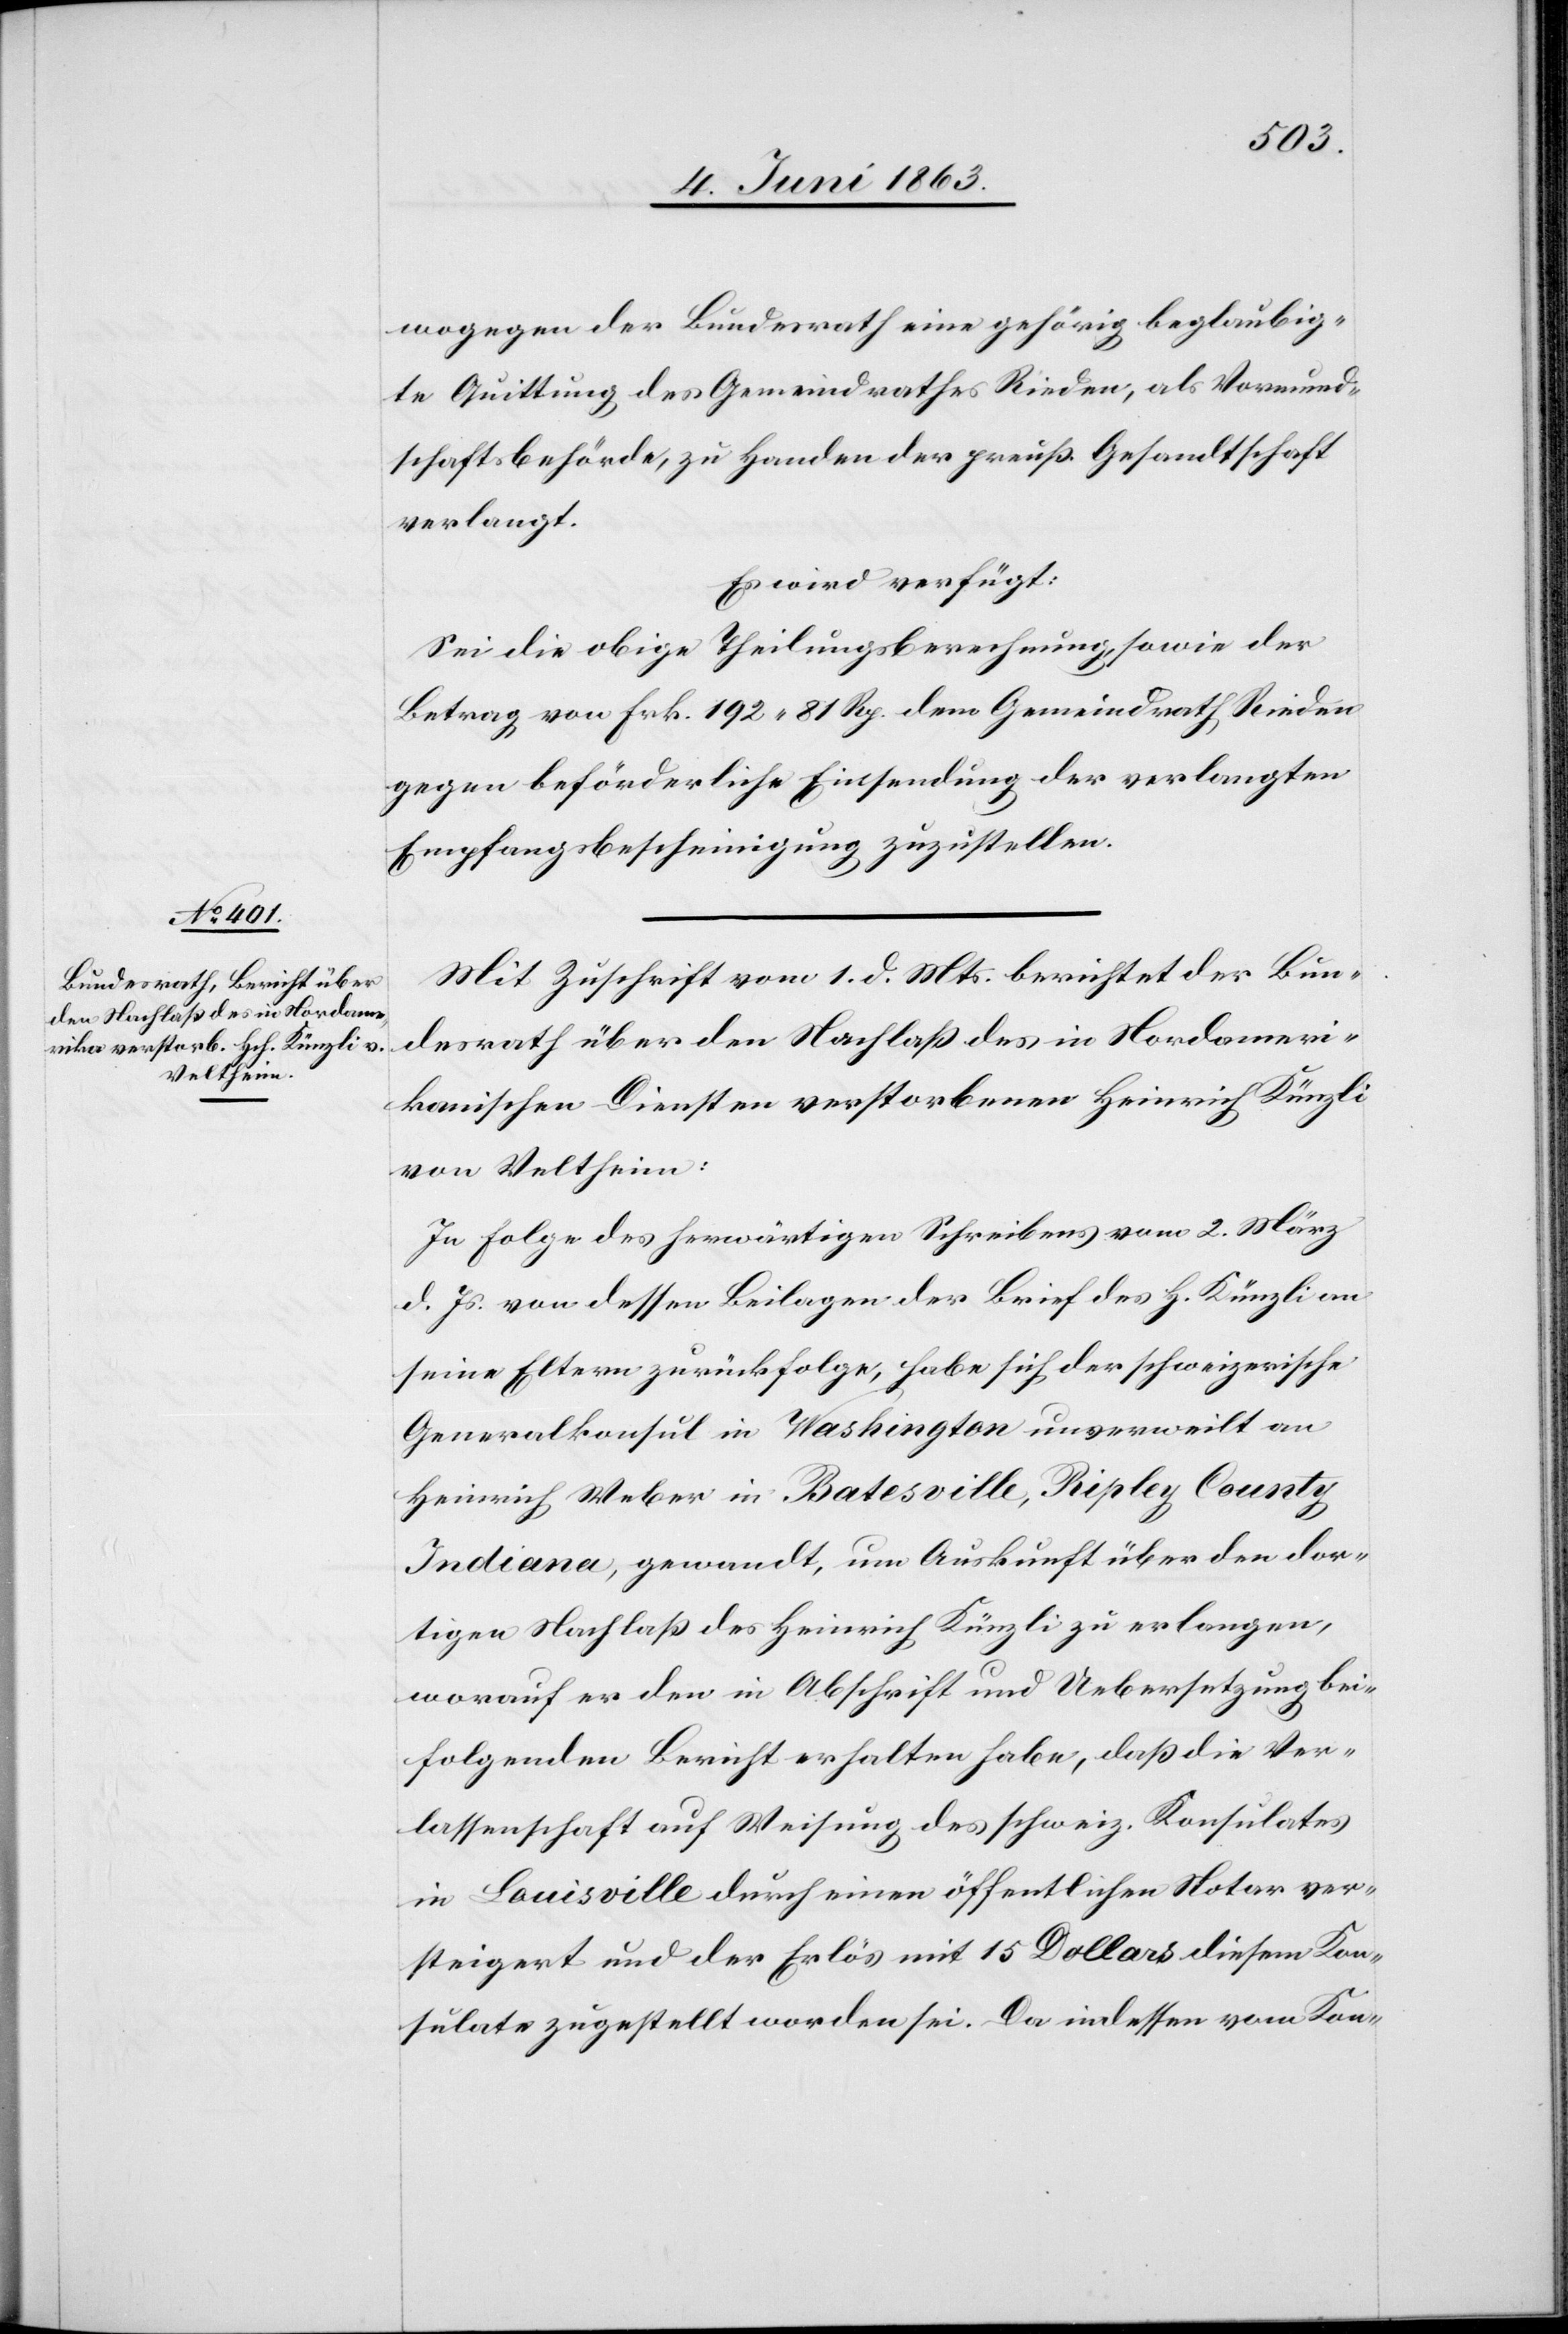
4. Juni 1863.]
wogegen der Bundesrath eine gehörig beglaubig¬
te Quittung des Gemeindrathes Rieden, als Vormund¬
schaftsbehörde, zu Handen der preuß. Gesandtschaft
verlangt.
Es wird verfügt:
Sei die obige Theilungsberechnung, sowie der
Betrag von Frk. 192. 81 Rp. dem Gemeindrath Rieden
gegen beförderliche Einsendung der verlangten
Empfangsbescheinigung zuzustellen.
Mit Zuschrift vom 1. d. Mts. berichtet der Bun¬
desrath über den Nachlaß des in Nordameri¬
kanischen Diensten verstorbenen Heinrich Künzli
von Veltheim.
In Folge des herwärtigen Schreibens vom 2. März
d. Js. von dessen Beilagen der Brief des H. Künzli an
seine Eltern zurückfolge, habe sich der schweizerische
Generalkonsul in Washington unverweilt an
Heinrich Weber in Batesville, Ripley County
Indiana, gewandt, um Auskunft über den dor¬
tigen Nachlaß des Heinrich Künzli zu erlangen,
worauf er den in Abschrift und Uebersetzung bei¬
folgenden Bericht erhalten habe, daß die Ver¬
lassenschaft auf Weisung des schweiz. Konsulates
in Louisville durch einen öffentlichen Notar ver¬
steigert und der Erlös mit 15 Dollars diesem Kon¬
sulate zugestellt worden sei. Da indessen vom Kon-